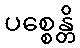
ပစ္စေန္တိ